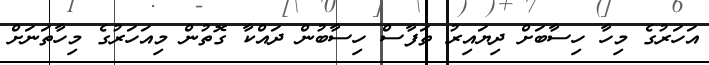
އަހަރުގެ މިހާ ހިސާބަށް ދިޔައިރު ތަފާސް ހިސާބުން ދައްކާ ގޮތުން މިއަހަރުގެ މިހާތަނަށް